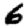
Digit: 6